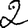
Digit: 2